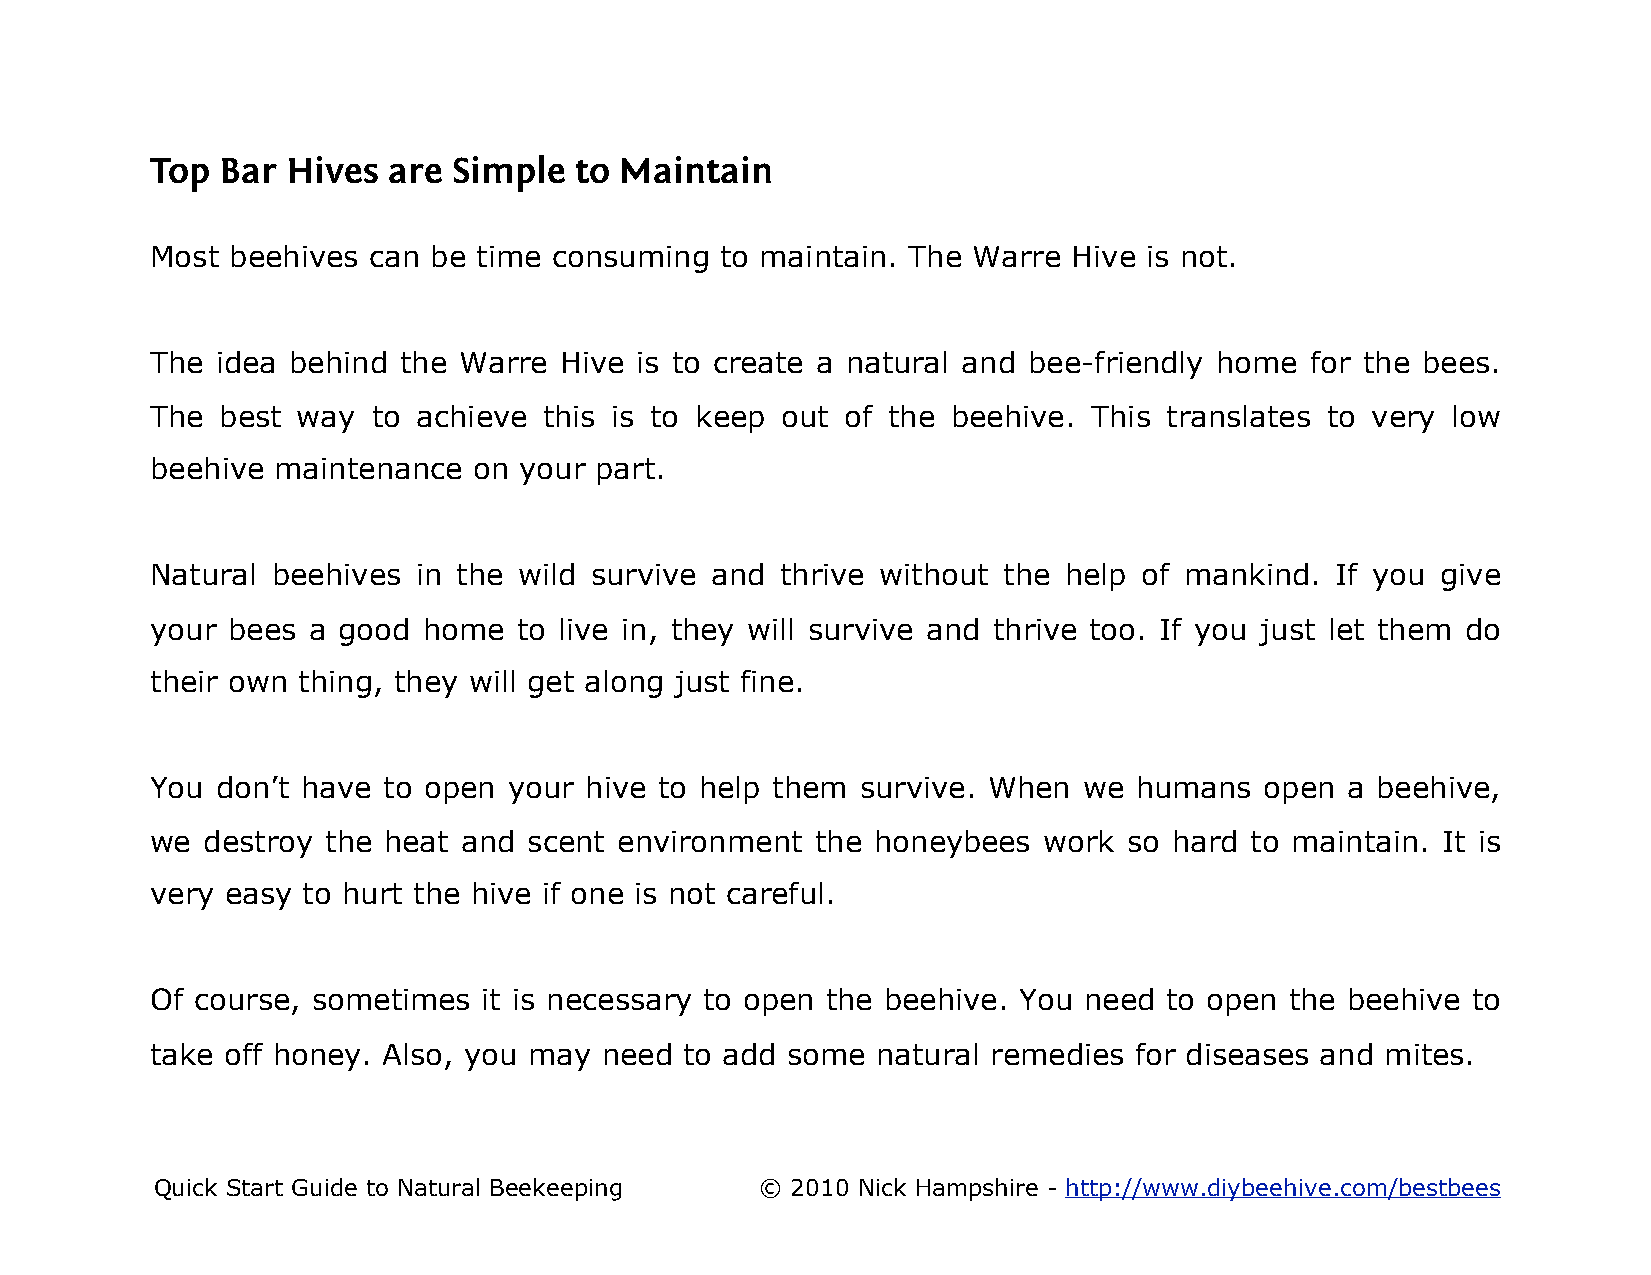
Top  Bar Hives  are Simple  to Maintain
 Most beehives can be  time consuming  to maintain. The Warre Hive is not.
 The idea behind the Warre  Hive is to create a natural and bee-friendly home for the bees.
 The  best way  to achieve this is to keep out of the beehive. This translates to very low
 beehive maintenance  on your part.
 Natural beehives in the wild survive and  thrive without the help of mankind. If you give
 your bees a good  home  to live in, they will survive and thrive too. If you just let them do
 their own thing, they will get along just fine.
 You don’t have to open  your hive to help them survive. When  we humans   open a beehive,
 we destroy  the heat and scent environment  the honeybees  work  so hard to maintain. It is
 very easy to hurt the hive if one is not careful.
 Of course, sometimes  it is necessary to open the beehive. You need to open the beehive to
 take off honey. Also, you may need to add some  natural remedies for diseases and mites.
 Quick Start Guide to Natural Beekeeping © 2010 Nick Hampshire - http://www.diybeehive.com/bestbees